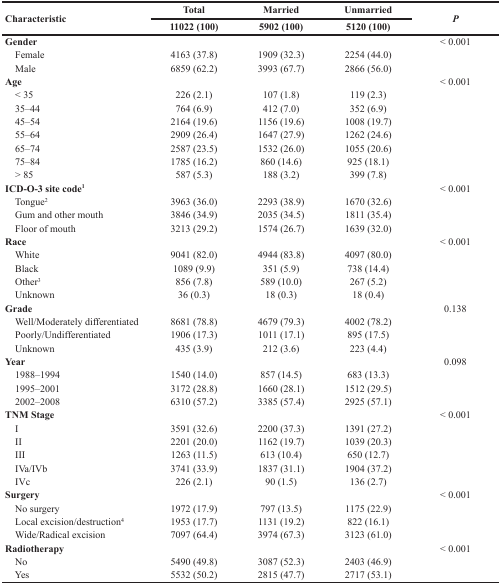
<table><thead><tr><td rowspan="2"><b>Characteristic</b></td><td><b>Total</b></td><td><b>Married</b></td><td><b>Unmarried</b></td><td rowspan="2"><b><i>P</i></b></td></tr><tr><td><b>11022 (100)</b></td><td><b>5902 (100)</b></td><td><b>5120 (100)</b></td></tr></thead><tbody><tr><td><b>Gender</b></td><td></td><td></td><td></td><td>&lt; 0.001</td></tr><tr><td> Female</td><td>4163 (37.8)</td><td>1909 (32.3)</td><td>2254 (44.0)</td><td></td></tr><tr><td> Male</td><td>6859 (62.2)</td><td>3993 (67.7)</td><td>2866 (56.0)</td><td></td></tr><tr><td><b>Age</b></td><td></td><td></td><td></td><td>&lt; 0.001</td></tr><tr><td> &lt; 35</td><td>226 (2.1)</td><td>107 (1.8)</td><td>119 (2.3)</td><td></td></tr><tr><td> 35–44</td><td>764 (6.9)</td><td>412 (7.0)</td><td>352 (6.9)</td><td></td></tr><tr><td> 45–54</td><td>2164 (19.6)</td><td>1156 (19.6)</td><td>1008 (19.7)</td><td></td></tr><tr><td> 55–64</td><td>2909 (26.4)</td><td>1647 (27.9)</td><td>1262 (24.6)</td><td></td></tr><tr><td> 65–74</td><td>2587 (23.5)</td><td>1532 (26.0)</td><td>1055 (20.6)</td><td></td></tr><tr><td> 75–84</td><td>1785 (16.2)</td><td>860 (14.6)</td><td>925 (18.1)</td><td></td></tr><tr><td> &gt; 85</td><td>587 (5.3)</td><td>188 (3.2)</td><td>399 (7.8)</td><td></td></tr><tr><td><b>ICD-O-3 site code<sup>1</sup></b></td><td></td><td></td><td></td><td>&lt; 0.001</td></tr><tr><td> Tongue<sup>2</sup></td><td>3963 (36.0)</td><td>2293 (38.9)</td><td>1670 (32.6)</td><td></td></tr><tr><td> Gum and other mouth</td><td>3846 (34.9)</td><td>2035 (34.5)</td><td>1811 (35.4)</td><td></td></tr><tr><td> Floor of mouth</td><td>3213 (29.2)</td><td>1574 (26.7)</td><td>1639 (32.0)</td><td></td></tr><tr><td><b>Race</b></td><td></td><td></td><td></td><td>&lt; 0.001</td></tr><tr><td> White</td><td>9041 (82.0)</td><td>4944 (83.8)</td><td>4097 (80.0)</td><td></td></tr><tr><td> Black</td><td>1089 (9.9)</td><td>351 (5.9)</td><td>738 (14.4)</td><td></td></tr><tr><td> Other<sup>3</sup></td><td>856 (7.8)</td><td>589 (10.0)</td><td>267 (5.2)</td><td></td></tr><tr><td> Unknown</td><td>36 (0.3)</td><td>18 (0.3)</td><td>18 (0.4)</td><td></td></tr><tr><td><b>Grade</b></td><td></td><td></td><td></td><td>0.138</td></tr><tr><td> Well/Moderately differentiated</td><td>8681 (78.8)</td><td>4679 (79.3)</td><td>4002 (78.2)</td><td></td></tr><tr><td> Poorly/Undifferentiated</td><td>1906 (17.3)</td><td>1011 (17.1)</td><td>895 (17.5)</td><td></td></tr><tr><td> Unknown</td><td>435 (3.9)</td><td>212 (3.6)</td><td>223 (4.4)</td><td></td></tr><tr><td><b>Year</b></td><td></td><td></td><td></td><td>0.098</td></tr><tr><td> 1988–1994</td><td>1540 (14.0)</td><td>857 (14.5)</td><td>683 (13.3)</td><td></td></tr><tr><td> 1995–2001</td><td>3172 (28.8)</td><td>1660 (28.1)</td><td>1512 (29.5)</td><td></td></tr><tr><td> 2002–2008</td><td>6310 (57.2)</td><td>3385 (57.4)</td><td>2925 (57.1)</td><td></td></tr><tr><td><b>TNM Stage</b></td><td></td><td></td><td></td><td>&lt; 0.001</td></tr><tr><td> I</td><td>3591 (32.6)</td><td>2200 (37.3)</td><td>1391 (27.2)</td><td></td></tr><tr><td> II</td><td>2201 (20.0)</td><td>1162 (19.7)</td><td>1039 (20.3)</td><td></td></tr><tr><td> III</td><td>1263 (11.5)</td><td>613 (10.4)</td><td>650 (12.7)</td><td></td></tr><tr><td> IVa/IVb</td><td>3741 (33.9)</td><td>1837 (31.1)</td><td>1904 (37.2)</td><td></td></tr><tr><td> IVc</td><td>226 (2.1)</td><td>90 (1.5)</td><td>136 (2.7)</td><td></td></tr><tr><td><b>Surgery</b></td><td></td><td></td><td></td><td>&lt; 0.001</td></tr><tr><td> No surgery</td><td>1972 (17.9)</td><td>797 (13.5)</td><td>1175 (22.9)</td><td></td></tr><tr><td> Local excision/destruction<sup>4</sup></td><td>1953 (17.7)</td><td>1131 (19.2)</td><td>822 (16.1)</td><td></td></tr><tr><td> Wide/Radical excision</td><td>7097 (64.4)</td><td>3974 (67.3)</td><td>3123 (61.0)</td><td></td></tr><tr><td><b>Radiotherapy</b></td><td></td><td></td><td></td><td>&lt; 0.001</td></tr><tr><td> No</td><td>5490 (49.8)</td><td>3087 (52.3)</td><td>2403 (46.9)</td><td></td></tr><tr><td> Yes</td><td>5532 (50.2)</td><td>2815 (47.7)</td><td>2717 (53.1)</td><td></td></tr></tbody></table>